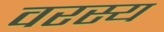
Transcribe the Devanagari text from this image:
वरस्य